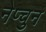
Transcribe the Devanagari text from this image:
नेप्चुन